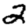
Digit: 2